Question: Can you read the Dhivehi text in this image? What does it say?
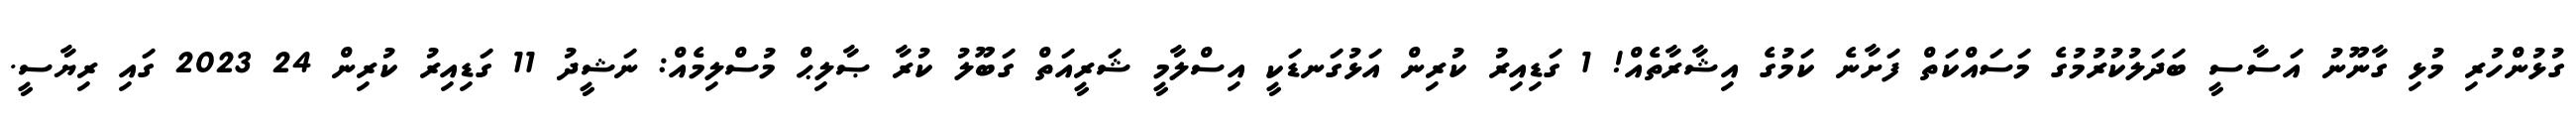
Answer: ގުޅުންހުރި މުޅި ގާނޫނު އަސާސީ ބަދަލުކުރުމުގެ މަސައްކަތް ފަށާނެ ކަމުގެ އިޝާރާތެއް! 1 ގަޑިއިރު ކުރިން އަޅުގަނޑަކީ އިސްލާމީ ޝަރީއަތް ގަބޫލު ކުރާ ޞާލިޙް މުސްލިމެއް: ނަޝީދު 11 ގަޑިއިރު ކުރިން 24 2023 ގައި ރިޔާސީ.